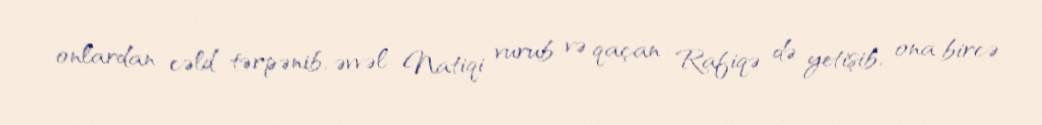
onlardan cəld tərpənib, əvvəl Natiqi vurub və qaçan Rafiqə də yetişib, ona bircə